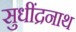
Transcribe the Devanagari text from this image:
सुधींद्रनाथ